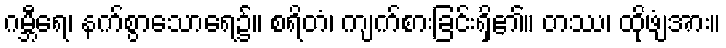
ဂမ္ဘီရေ၊ နက်စွာသောရေ၌။ စရိတံ၊ ကျက်စားခြင်းရှိ၏။ တဿ၊ ထိုဖျံအား။